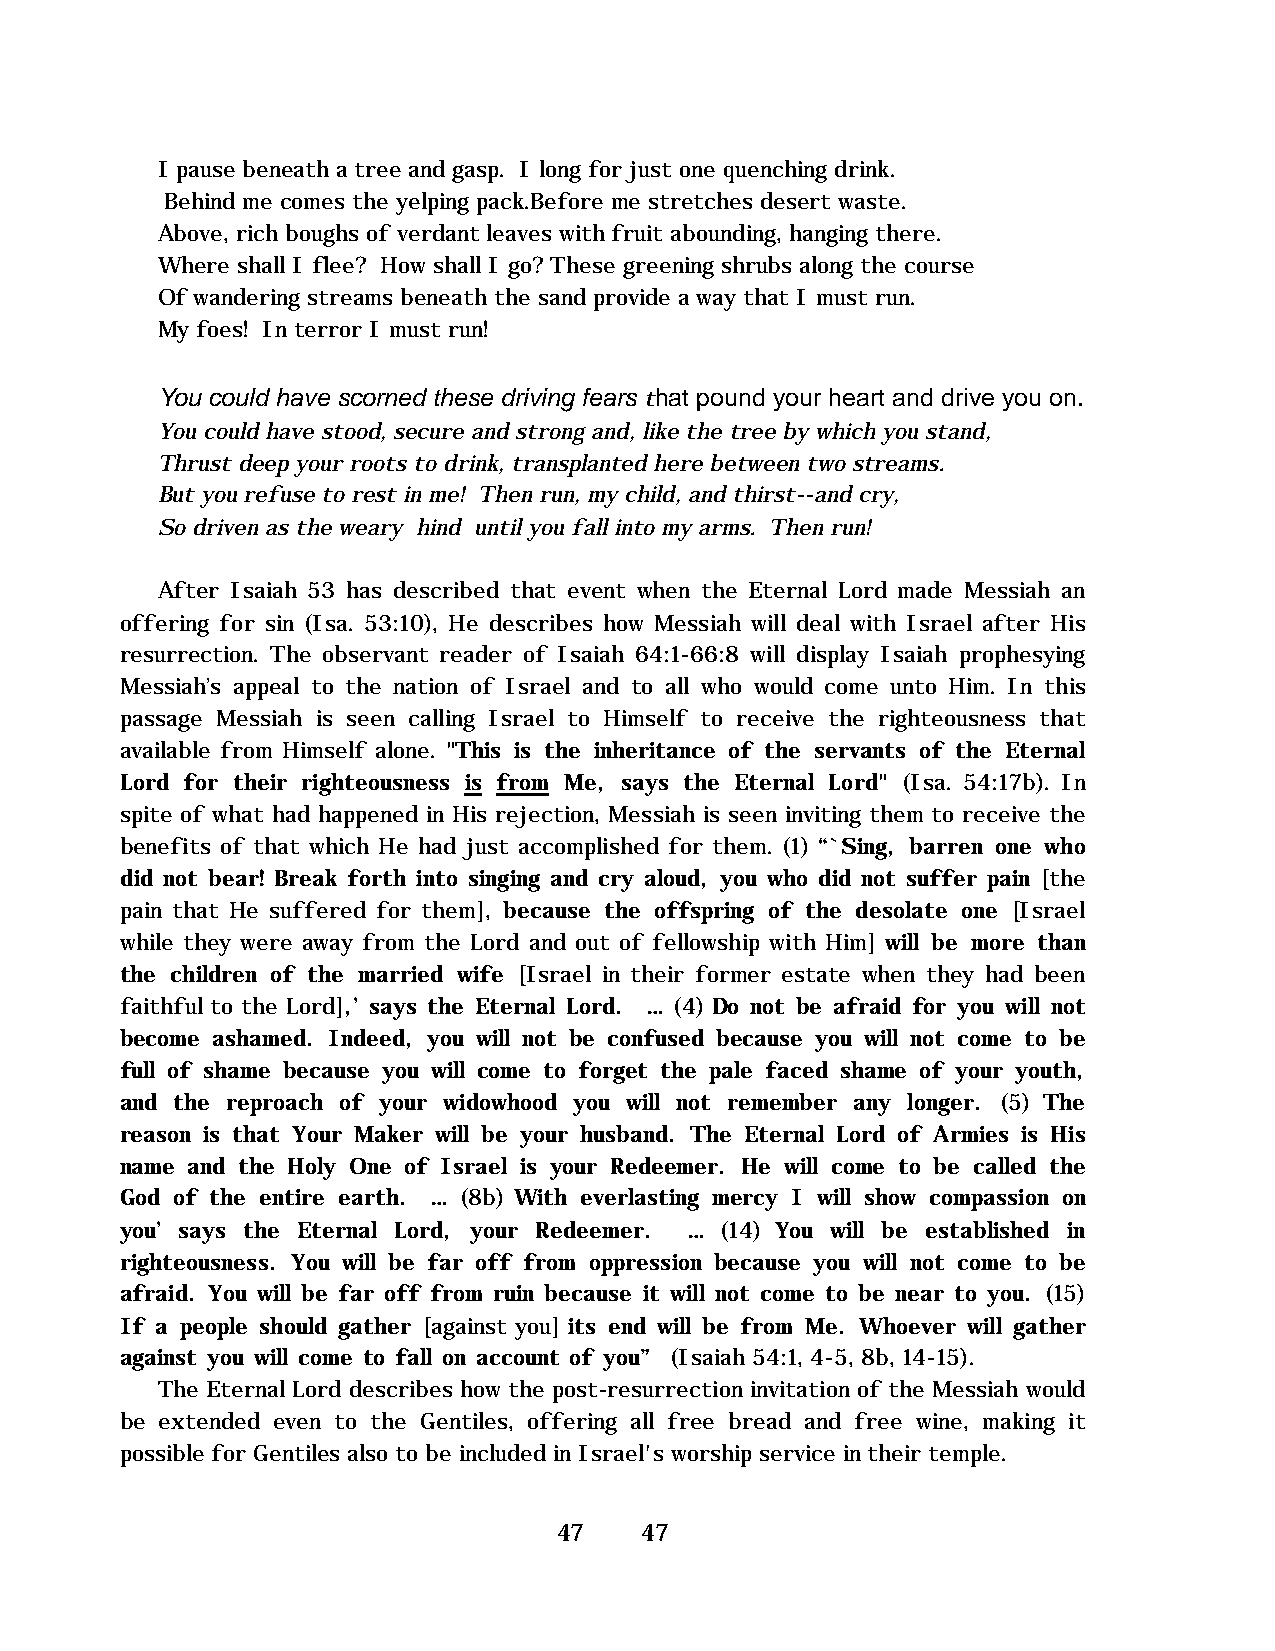
I pause beneath a tree and gasp. I long for just one quenching drink.
 Behind me comes the yelping pack.Before me stretches desert waste.
 Above, rich boughs of verdant leaves with fruit abounding, hanging there.
 Where shall I flee? How shall I go? These greening shrubs along the course
 Of wandering streams beneath the sand provide a way that I must run.
 My foes! In terror I must run!
 You could have scorned these driving fears that pound your heart and drive you on.
 You could have stood, secure and strong and, like the tree by which you stand,
 Thrust deep your roots to drink, transplanted here between two streams.
 But you refuse to rest in me! Then run, my child, and thirst--and cry,
 So driven as the weary hind until you fall into my arms. Then run!
 After Isaiah 53 has described that event when the Eternal Lord made Messiah an
 offering for sin (Isa. 53:10), He describes how Messiah will deal with Israel after His
 resurrection. The observant reader of Isaiah 64:1-66:8 will display Isaiah prophesying
 Messiah’s appeal to the nation of Israel and to all who would come unto Him. In this
 passage Messiah is seen calling Israel to Himself to receive the righteousness that
 available from Himself alone. "This is the inheritance of the servants of the Eternal
 Lord for their righteousness is from Me, says the Eternal Lord" (Isa. 54:17b). In
 spite of what had happened in His rejection, Messiah is seen inviting them to receive the
 benefits of that which He had just accomplished for them. (1) “`Sing, barren one who
 did not bear! Break forth into singing and cry aloud, you who did not suffer pain [the
 pain that He suffered for them], because the offspring of the desolate one [Israel
 while they were away from the Lord and out of fellowship with Him] will be more than
 the children of the married wife [Israel in their former estate when they had been
 faithful to the Lord],’ says the Eternal Lord. … (4) Do not be afraid for you will not
 become ashamed. Indeed, you will not be confused because you will not come to be
 full of shame because you will come to forget the pale faced shame of your youth,
 and the reproach of your widowhood you will not remember any longer. (5) The
 reason is that Your Maker will be your husband. The Eternal Lord of Armies is His
 name and the Holy One of Israel is your Redeemer. He will come to be called the
 God of the entire earth. … (8b) With everlasting mercy I will show compassion on
 you’ says the Eternal Lord, your Redeemer. … (14) You will be established in
 righteousness. You will be far off from oppression because you will not come to be
 afraid. You will be far off from ruin because it will not come to be near to you. (15)
 If a people should gather [against you] its end will be from Me. Whoever will gather
 against you will come to fall on account of you” (Isaiah 54:1, 4-5, 8b, 14-15).
 The Eternal Lord describes how the post-resurrection invitation of the Messiah would
 be extended even to the Gentiles, offering all free bread and free wine, making it
 possible for Gentiles also to be included in Israel's worship service in their temple.
 47   47